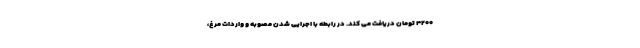
۴۲۰۰ تومان دریافت می کند. در رابطه با اجرایی شدن مصوبه و واردات مرغ،